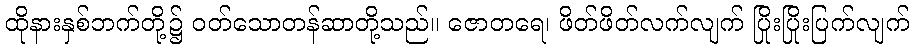
ထိုနားနှစ်ဘက်တို့၌ ဝတ်သောတန်ဆာတို့သည်။ ဇောတရေ၊ ဖိတ်ဖိတ်လက်လျက် ပြိုးပြိုးပြက်လျက်